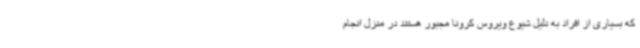
که بسیاری از افراد به دلیل شیوع ویروس کرونا مجبور هستند در منزل انجام